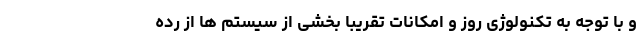
و با توجه به تکنولوژی روز و امکانات تقریباً بخشی از سیستم ها از رده